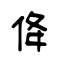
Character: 佭